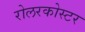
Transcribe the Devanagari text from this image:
रोलरकोस्टर